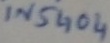
Text: IN5404